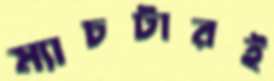
ম্যাচটারই